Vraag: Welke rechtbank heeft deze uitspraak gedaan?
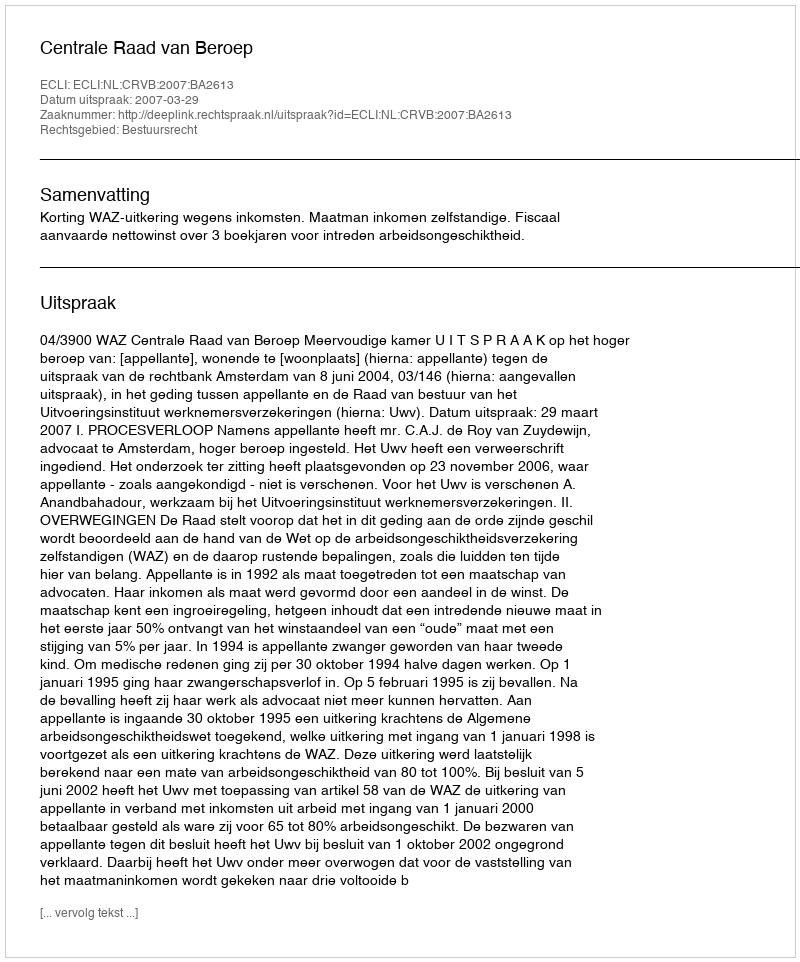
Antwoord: Centrale Raad van Beroep